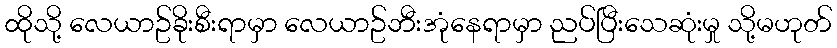
ထိုသို့ လေယာဥ်ခိုးစီးရာမှာ လေယာဥ်ဘီးအုံနေရာမှာ ညပ်ပြီးသေဆုံးမှု သို့မဟုတ်